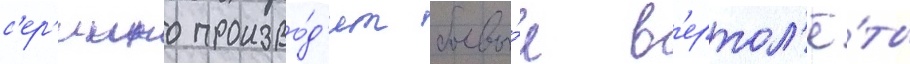
с'ер'иино произво́д'ит боевы́е в'ертол'ё́ты